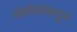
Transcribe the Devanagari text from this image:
संतोबांकडून